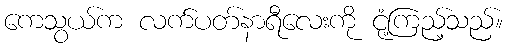
ကေသွယ်က လက်ပတ်နာရီလေးကို ငုံ့ကြည့်သည်။